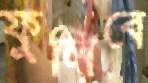
ফুলিবে